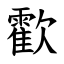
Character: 㱋